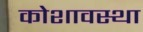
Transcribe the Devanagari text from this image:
कोशावस्था